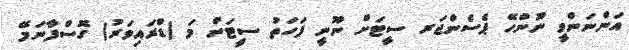
އަންނަންވީ ނޫންހޭ ޕެސެންޖަރ ސީޓަށް ނޫނީ ފަހަތު ސީޓަށް މަ (ޑްރައިވަރު) ގޮސްފާނަމޭ